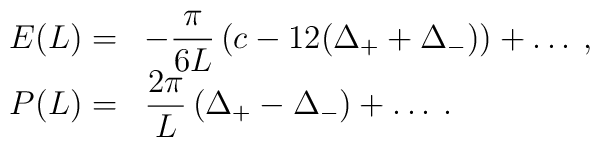
\begin{array}{rl}\displaystyle E(L)= & -\displaystyle\frac{\pi }{6L}\left( c-12(\Delta _{+}+\Delta _{-})\right) +\ldots \: ,\\P(L)= & \displaystyle\frac{2\pi }{L}\left( \Delta _{+}-\Delta _{-}\right) +\ldots \: .\end{array}